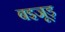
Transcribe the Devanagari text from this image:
बइजूड़